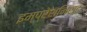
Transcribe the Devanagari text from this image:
इम्प्रेशनिस्ट